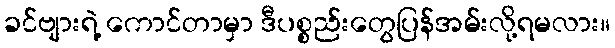
ခင်ဗျားရဲ့ ကောင်တာမှာ ဒီပစ္စည်းတွေပြန်အမ်းလို့ရမလား။